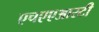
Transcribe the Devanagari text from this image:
एचएएआरटी